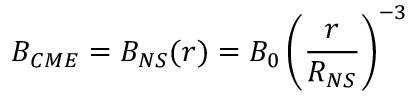
B _ { C M E } = B _ { N S } ( r ) = B _ { 0 } \left( \frac { r } { R _ { N S } } \right) ^ { - 3 }